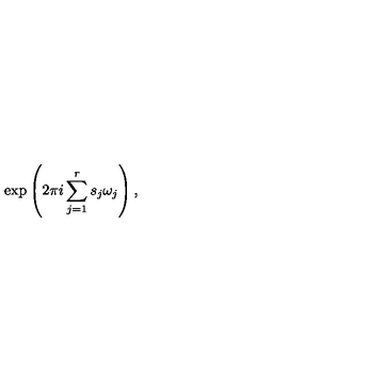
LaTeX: \exp \left( 2 \pi i \sum _ { j = 1 } ^ { r } s _ { j } \omega _ { j } \right) ,